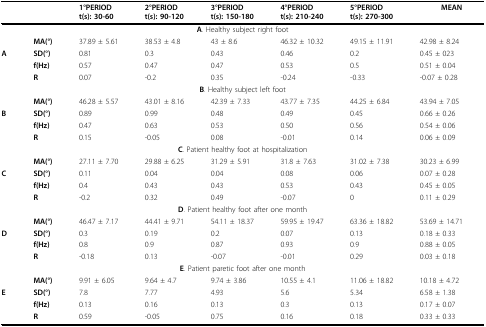
<table><thead><tr><td></td><td></td><td><b>1°PERIODt(s): 30-60</b></td><td><b>2°PERIODt(s): 90-120</b></td><td><b>3°PERIODt(s): 150-180</b></td><td><b>4°PERIODt(s): 210-240</b></td><td><b>5°PERIODt(s): 270-300</b></td><td><b>MEAN</b></td></tr></thead><tbody><tr><td colspan="8"><b>A</b>. Healthy subject right foot</td></tr><tr><td></td><td><b>MA(°)</b></td><td>37.89 ± 5.61</td><td>38.53 ± 4.8</td><td>43 ± 8.6</td><td>46.32 ± 10.32</td><td>49.15 ± 11.91</td><td>42.98 ± 8.24</td></tr><tr><td><b>A</b></td><td><b>SD(°)</b></td><td>0.81</td><td>0.3</td><td>0.43</td><td>0.46</td><td>0.2</td><td>0.45 ± 023</td></tr><tr><td></td><td><b>f(Hz)</b></td><td>0.57</td><td>0.47</td><td>0.47</td><td>0.53</td><td>0.5</td><td>0.51 ± 0.04</td></tr><tr><td></td><td><b>R</b></td><td>0.07</td><td>-0.2</td><td>0.35</td><td>-0.24</td><td>-0.33</td><td>-0.07 ± 0.28</td></tr><tr><td colspan="8"><b>B</b>. Healthy subject left foot</td></tr><tr><td></td><td><b>MA(°)</b></td><td>46.28 ± 5.57</td><td>43.01 ± 8.16</td><td>42.39 ± 7.33</td><td>43.77 ± 7.35</td><td>44.25 ± 6.84</td><td>43.94 ± 7.05</td></tr><tr><td><b>B</b></td><td><b>SD(°)</b></td><td>0.89</td><td>0.99</td><td>0.48</td><td>0.49</td><td>0.45</td><td>0.66 ± 0.26</td></tr><tr><td></td><td><b>f(Hz)</b></td><td>0.47</td><td>0.63</td><td>0.53</td><td>0.50</td><td>0.56</td><td>0.54 ± 0.06</td></tr><tr><td></td><td><b>R</b></td><td>0.15</td><td>-0.05</td><td>0.08</td><td>-0.01</td><td>0.14</td><td>0.06 ± 0.09</td></tr><tr><td colspan="8"><b>C</b>. Patient healthy foot at hospitalization</td></tr><tr><td></td><td><b>MA(°)</b></td><td>27.11 ± 7.70</td><td>29.88 ± 6.25</td><td>31.29 ± 5.91</td><td>31.8 ± 7.63</td><td>31.02 ± 7.38</td><td>30.23 ± 6.99</td></tr><tr><td><b>C</b></td><td><b>SD(°)</b></td><td>0.11</td><td>0.04</td><td>0.04</td><td>0.08</td><td>0.06</td><td>0.07 ± 0.28</td></tr><tr><td></td><td><b>f(Hz)</b></td><td>0.4</td><td>0.43</td><td>0.43</td><td>0.53</td><td>0.43</td><td>0.45 ± 0.05</td></tr><tr><td></td><td><b>R</b></td><td>-0.2</td><td>0.32</td><td>0.49</td><td>-0.07</td><td>0</td><td>0.11 ± 0.29</td></tr><tr><td colspan="8"><b>D</b>. Patient healthy foot after one month</td></tr><tr><td></td><td><b>MA(°)</b></td><td>46.47 ± 7.17</td><td>44.41 ± 9.71</td><td>54.11 ± 18.37</td><td>59.95 ± 19.47</td><td>63.36 ± 18.82</td><td>53.69 ± 14.71</td></tr><tr><td><b>D</b></td><td><b>SD(°)</b></td><td>0.3</td><td>0.19</td><td>0.2</td><td>0.07</td><td>0.13</td><td>0.18 ± 0.33</td></tr><tr><td></td><td><b>f(Hz)</b></td><td>0.8</td><td>0.9</td><td>0.87</td><td>0.93</td><td>0.9</td><td>0.88 ± 0.05</td></tr><tr><td></td><td><b>R</b></td><td>-0.18</td><td>0.13</td><td>-0.07</td><td>-0.01</td><td>0.29</td><td>0.03 ± 0.18</td></tr><tr><td colspan="8"><b>E</b>. Patient paretic foot after one month</td></tr><tr><td></td><td><b>MA(°)</b></td><td>9.91 ± 6.05</td><td>9.64 ± 4.7</td><td>9.74 ± 3.86</td><td>10.55 ± 4.1</td><td>11.06 ± 18.82</td><td>10.18 ± 4.72</td></tr><tr><td><b>E</b></td><td><b>SD(°)</b></td><td>7.8</td><td>7.77</td><td>4.93</td><td>5.6</td><td>5.34</td><td>6.58 ± 1.38</td></tr><tr><td></td><td><b>f(Hz)</b></td><td>0.13</td><td>0.16</td><td>0.13</td><td>0.3</td><td>0.13</td><td>0.17 ± 0.07</td></tr><tr><td></td><td><b>R</b></td><td>0.59</td><td>-0.05</td><td>0.75</td><td>0.16</td><td>0.18</td><td>0.33 ± 0.33</td></tr></tbody></table>